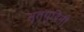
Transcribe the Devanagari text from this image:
मृत्युदिनी